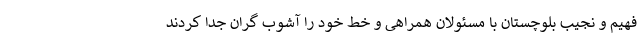
فهیم و نجیب بلوچستان با مسئولان همراهی و خط خود را آشوب گران جدا کردند